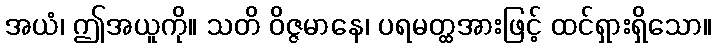
အယံ၊ ဤအယူကို။ သတိ ဝိဇ္ဇမာနေ၊ ပရမတ္ထအားဖြင့် ထင်ရှားရှိသော။